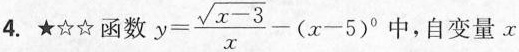
4.★☆☆函数$$y = \frac{\sqrt{x-3}}{x} - ( x - 5 )^{0}$$中，自变量x